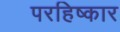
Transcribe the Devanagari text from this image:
परहिष्कार